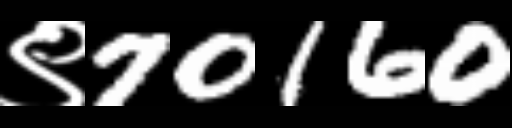
Text: ९70160